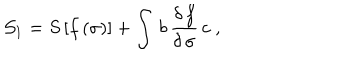
LaTeX: { \cal S } _ { 1 } = S \, [ f \, ( \sigma ) ] + \int \, b \, \frac { \delta \, f } { \delta \, \sigma } \, c \; ,